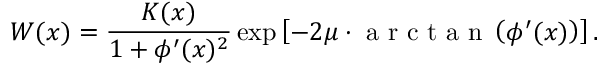
W ( x ) = \frac { K ( x ) } { 1 + \phi ^ { \prime } ( x ) ^ { 2 } } \exp \left[ { - 2 \mu \cdot \mathrm { ~ a ~ r ~ c ~ t ~ a ~ n ~ } \left( \phi ^ { \prime } ( x ) \right) } \right] .